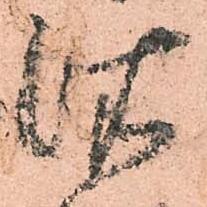
依